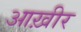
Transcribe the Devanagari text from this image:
आख़ीर